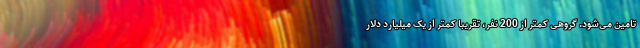
تامین می‌شود. گروهی کمتر از 200 نفر، تقریبا کمتر از یک میلیارد دلار